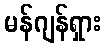
မန်ဂျန်ရှား